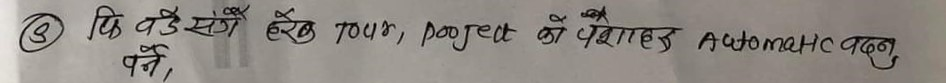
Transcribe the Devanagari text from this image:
(3) कि वडे सें हैब tour, project की पेशकश Automatic बनू पर्ने,